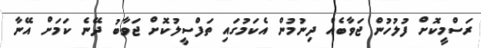
ރަސްމީކޮށް ފުލުހުން ޖަވާބެއް ދިނުމުން އެކަމުގައި ތަފްސީލުކޮށް ޖަވާބު ދޭނެ ކަމަށް އޭނާ